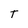
Character: T